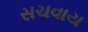
સચવાય